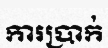
ការប្រាក់